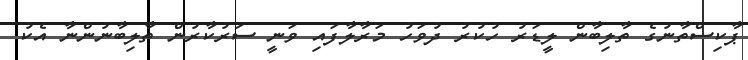
ޕާކިސްތާނުގެ ތާލިބާން ލީޑަރު ހުކުރު ދުވަހު މަރާލާފައި ވަނީ ސަރުކާރުން ތާލިބާނުންނާ އެކު